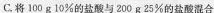
C.将100g10%的盐酸与200g25%的盐酸混合